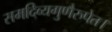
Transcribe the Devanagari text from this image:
समदिव्यगुणैरुपेत।